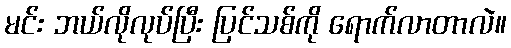
မင်း ဘယ်လိုလုပ်ပြီး ပြင်သစ်ကို ရောက်လာတာလဲ။